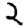
Digit: 2